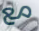
مع